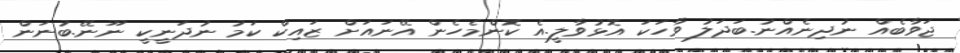
ޖަވާބެއް ނުދިނެއްނު.ބަދަލު ވާހަކަ އޮޅުވާލީ.އެ ކޮންމެހެން އޭނައަށް ޒައިކް ކަމު ނުދަނީކީ ނޫނޭ.ބުނަން